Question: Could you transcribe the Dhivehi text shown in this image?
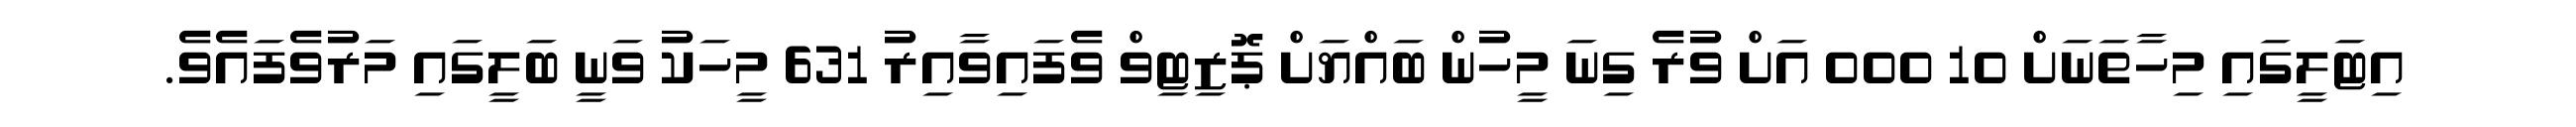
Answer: އިޓަލީގައި މިހާތަނަށް 10 000 އަށް ވުރެ ގިނަ މީހުން ބައްޔަށް ޕޮޒިޓިވް ވެފައިވާއިރު 631 މީހަކު ވަނީ ބަލީގައި މަރުވެފައެވެ.